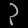
Digit: ၃